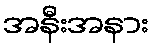
အနီးအနား